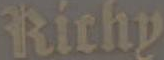
Richy